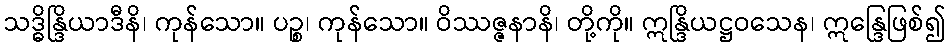
သဒ္ဓိန္ဒြိယာဒီနိ၊ ကုန်သော။ ပဉ္စ၊ ကုန်သော။ ဝိဿဇ္ဇနာနိ၊ တို့ကို။ ဣန္ဒြိယဋ္ဌဝသေန၊ ဣန္ဒြေဖြစ်၍